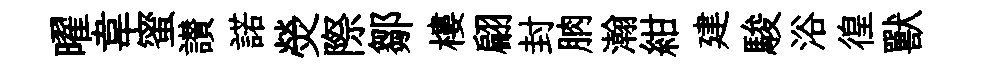
曜韋蜜讃諾熒際鄒樓翩封朒瀚紺建駿浴徨獸